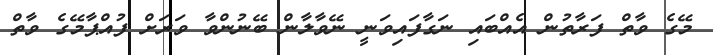
މޭގެ ވާތް ފަރާތުން އެއްބައި ނަގާފައިވަނީ ނޭވާލާން ބޭނުންވާ ވަރަށް ފުއްޕާމޭގެ ވާތް